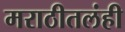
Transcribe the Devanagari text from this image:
मराठीतलंही